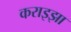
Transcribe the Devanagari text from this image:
कराइझा